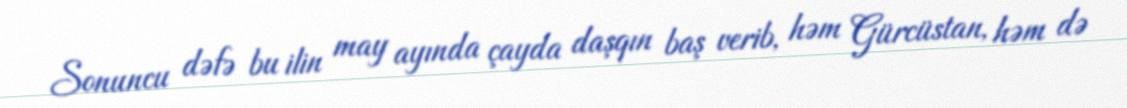
Sonuncu dəfə bu ilin may ayında çayda daşqın baş verib, həm Gürcüstan, həm də